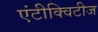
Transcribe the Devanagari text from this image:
एंटीक्विटीज